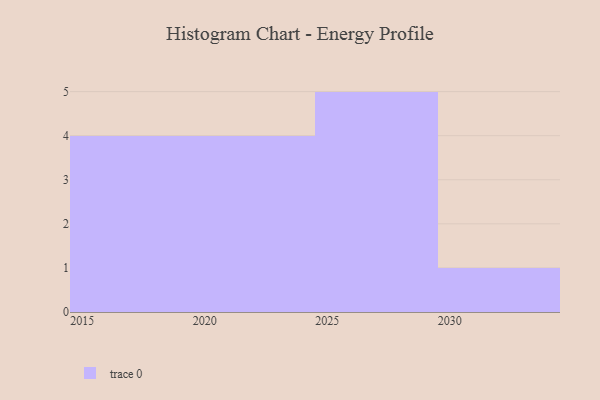
{"axis": {"x": "Year", "y": "LTV (USD)"}, "legend": [""], "data": [{"x": "2026", "y": 24, "type": ""}, {"x": "2018", "y": 89, "type": ""}, {"x": "2019", "y": 26, "type": ""}, {"x": "2016", "y": 92, "type": ""}, {"x": "2024", "y": 2, "type": ""}, {"x": "2021", "y": 83, "type": ""}, {"x": "2020", "y": 33, "type": ""}, {"x": "2028", "y": 65, "type": ""}, {"x": "2015", "y": 82, "type": ""}, {"x": "2030", "y": 63, "type": ""}, {"x": "2029", "y": 70, "type": ""}, {"x": "2022", "y": 57, "type": ""}, {"x": "2025", "y": 36, "type": ""}, {"x": "2027", "y": 24, "type": ""}]}